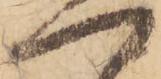
一